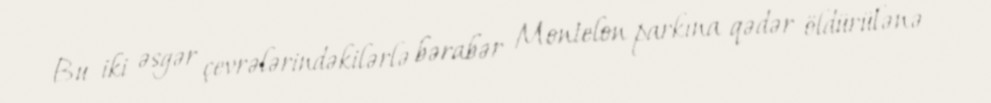
Bu iki əsgər çevrələrindəkilərlə bərabər Montelon parkına qədər öldürülənə